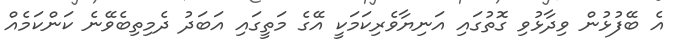
އެ ބޭފުޅުން ވިދާޅުވި ގޮތުގައި އަނިޔާވެރިކަމަކީ އޭގެ މަތީގައި އަބަދު ދެމިތިބެވޭނެ ކަންކަމެއް